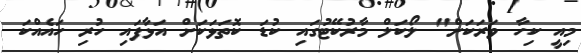
މިއީ ކިހާ ވަރަކަށް" ލޯކަލް މާރުކޭޓުގައި ކުޑަ ކޮތަޅަކަށް އަޅާފައި ހުރި ހައެއްކަ